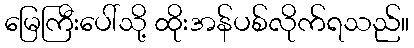
မြေကြီးပေါ်သို့ ထိုးအန်ပစ်လိုက်ရသည်။